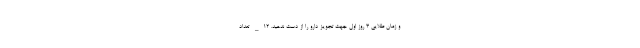
و زمان طلایی ۳ روز اول جهت تجویز دارو را از دست ندهید. ۱۲_ تعداد